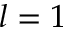
l = 1